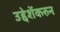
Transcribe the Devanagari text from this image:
उद्देशेंकरुन